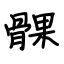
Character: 髁